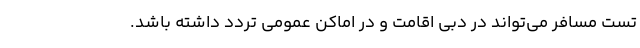
تست مسافر می‌تواند در دبی اقامت و در اماکن عمومی تردد داشته باشد.